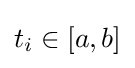
{\textstyle t_{i}\in [a,b]}